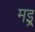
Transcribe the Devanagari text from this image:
मइ्र